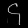
Digit: ၄